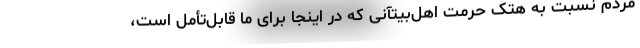
مردم نسبت به هتک حرمت اهل‌بیتآنی که در اینجا برای ما قابل‌تأمل است،